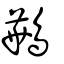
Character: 鷨